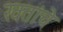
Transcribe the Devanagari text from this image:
खतांचे